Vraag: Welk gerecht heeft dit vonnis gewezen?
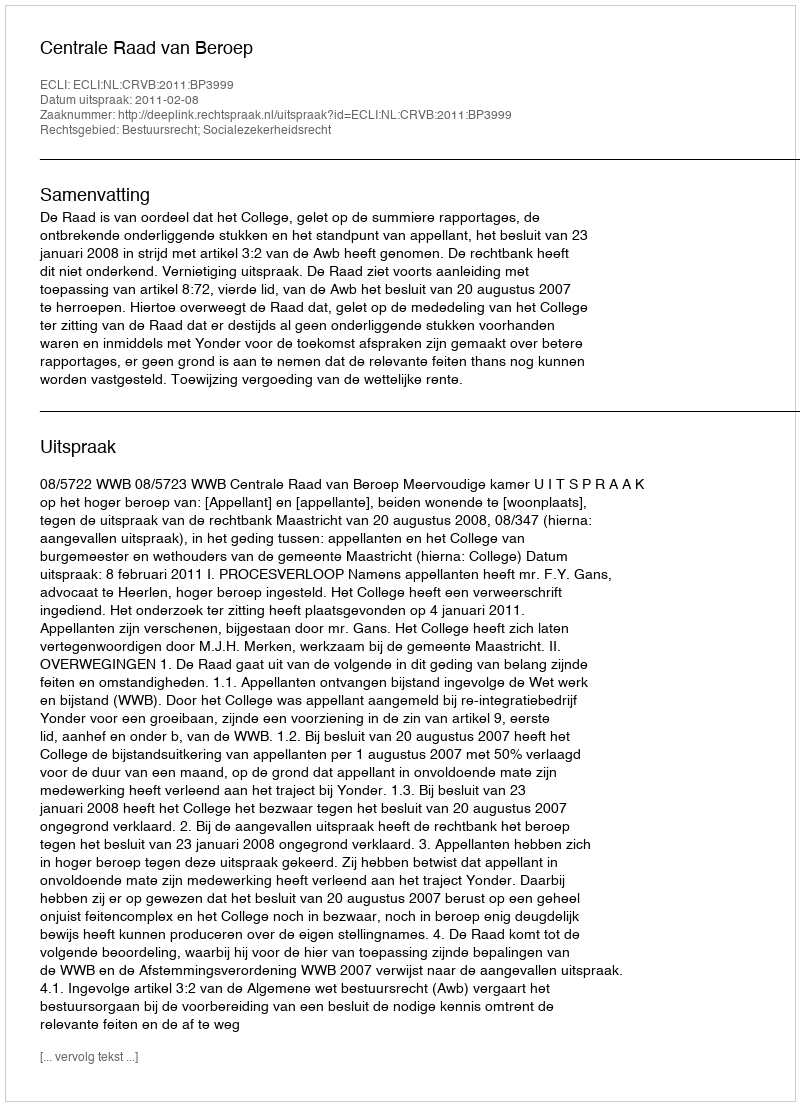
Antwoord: Centrale Raad van Beroep